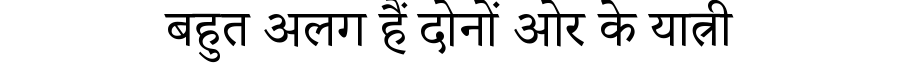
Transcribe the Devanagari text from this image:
बहुत अलग हैं दोनों ओर के यात्री